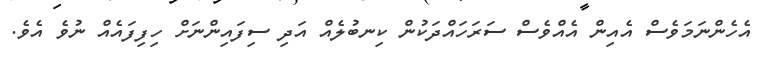
އެހެންނަމަވެސް އެއިން އެއްވެސް ސަރަހައްދަކުން ކިނބުލެއް އަދި ސިފައިންނަށް ހިފިފައެއް ނުވެ އެވެ.